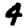
Digit: 4